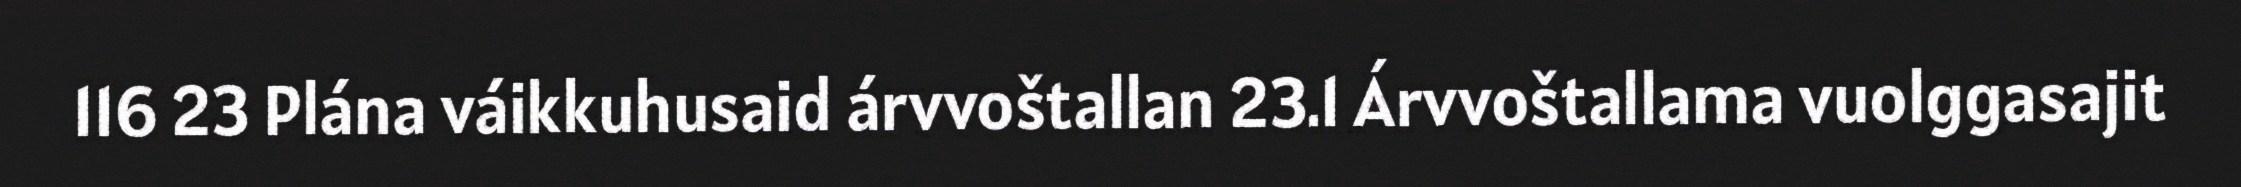
116 23 Plána váikkuhusaid árvvoštallan 23.1 Árvvoštallama vuolggasajit